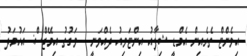
އިވެންޓް ތެރެއިން އެމްޑީ ޝިފާއު އިންޓަވިއު ދެއްވަނީ - ވަގުތު އިމޭޖްސް: އަހުމަދު